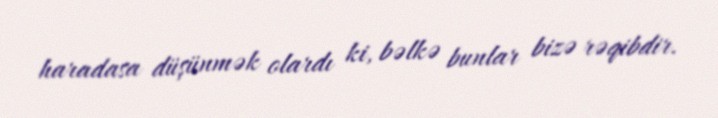
haradasa düşünmək olardı ki, bəlkə bunlar bizə rəqibdir.